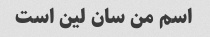
اسم من سان لین است